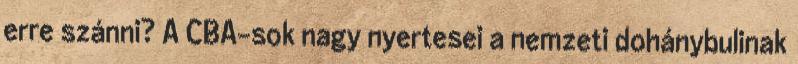
erre szánni? A CBA-sok nagy nyertesei a nemzeti dohánybulinak